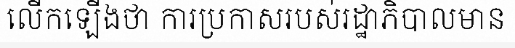
លើកឡើងថា ការប្រកាសរបស់រដ្ឋាភិបាលមាន